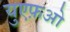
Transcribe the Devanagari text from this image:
युएफ़ओ